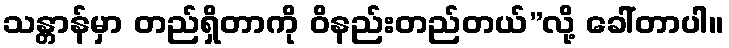
သန္တာန်မှာ တည်ရှိတာကို ဝိနည်းတည်တယ်”လို့ ခေါ်တာပါ။